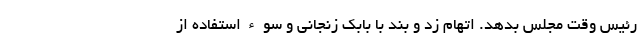
رئیس وقت مجلس بدهد. اتهام زد و بند با بابک زنجانی و سوءاستفاده از